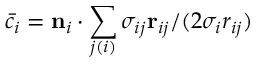
\bar { c } _ { i } = \mathbf { n } _ { i } \cdot \sum _ { j ( i ) } \sigma _ { i j } \mathbf { r } _ { i j } / ( 2 \sigma _ { i } r _ { i j } )